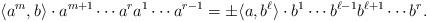
LaTeX: \begin{align*}\langle a^m, b \rangle \cdot a^{m+1}\cdots a^ra^1\cdots a^{r-1}=\pm\langle a,b^{\ell}\rangle\cdot b^{1}\cdots b^{\ell-1}b^{\ell+1}\cdots b^r.\end{align*}